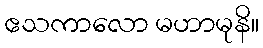
ဧသကာလော မဟာမုနိ။